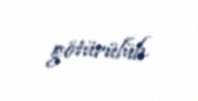
götürülüb.